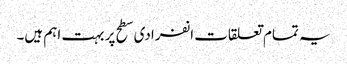
یہ تمام تعلقات انفرادی سطح پر بہت اہم ہیں۔